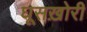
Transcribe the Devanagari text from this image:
घूसख़ोरी